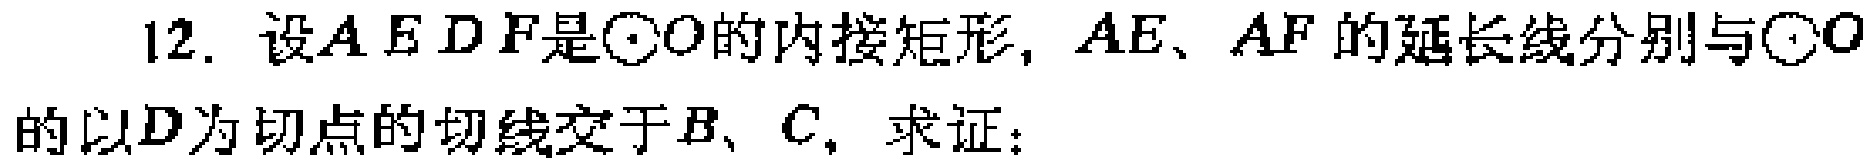
12. 设\(AEDF\)是\(\odot O\)的内接矩形，\(AE\)、\(AF\)的延长线分别与\(\odot O\)的以\(D\)为切点的切线交于\(B\)、\(C\)，求证：